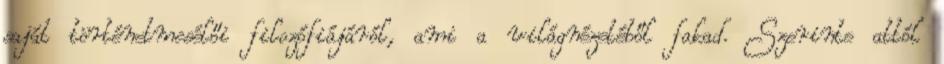
saját történetmesélői filozófiájáról, ami a világnézetéből fakad. Szerinte attól